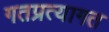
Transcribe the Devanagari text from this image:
गतप्रत्यागत